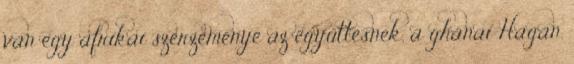
van egy afrikai szerzeménye az együttesnek, a ghánai Hagan.